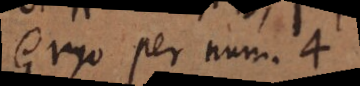
Ergo per num. 4